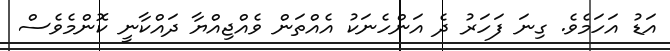
އަޑު އަހަމެވެ. ގިނަ ފަހަރު ދެ އަންހެނަކު އެއްތަން ވެއްޖިއްޔާ ދައްކާނީ ކޮންމެވެސް